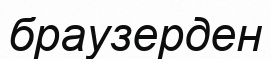
браузерден